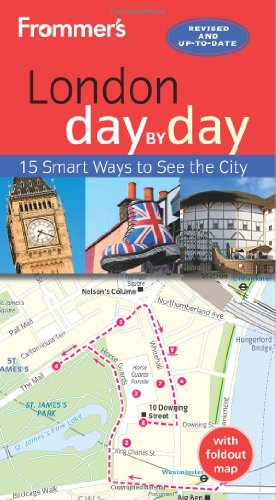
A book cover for Frommer's London day by day; Joseph Fullman; Travel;